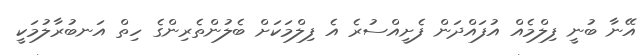
އޭނާ ބުނީ ފިލްމެއް އުފައްދަން ފެށީއްސުރެ އެ ފިލްމަކަށް ބެލުންތެރިންގެ ހިތް އަނބުރާލުމަކީ